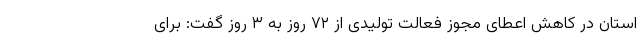
استان در کاهش اعطای مجوز فعالت تولیدی از ٧٢ روز به ٣ روز گفت: برای